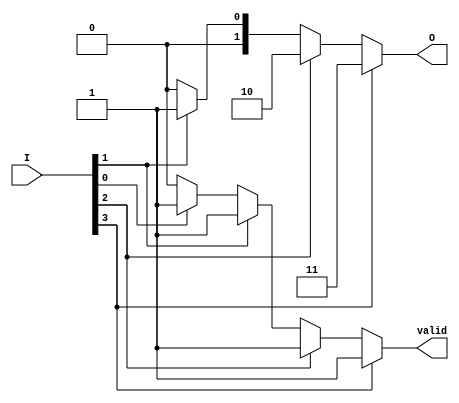
module priority_encoder (
    input wire [3:0] I,      // 4 input lines
    output reg [1:0] O,      // 2-bit output for the binary code
    output reg valid         // Valid output signal
);

// Always block to evaluate the inputs and generate outputs
always @(*) begin
    // Default values
    O = 2'b00;              // Default output
    valid = 1'b0;          // Default valid signal

    // Check inputs from highest priority to lowest
    if (I[3]) begin
        O = 2'b11;          // Output for I3
        valid = 1'b1;      // Valid signal asserted
    end else if (I[2]) begin
        O = 2'b10;          // Output for I2
        valid = 1'b1;      // Valid signal asserted
    end else if (I[1]) begin
        O = 2'b01;          // Output for I1
        valid = 1'b1;      // Valid signal asserted
    end else if (I[0]) begin
        O = 2'b00;          // Output for I0
        valid = 1'b1;      // Valid signal asserted
    end else begin
        O = 2'b00;          // No active input, output can be set to a predefined state
        valid = 1'b0;      // No valid input
    end
end

endmodule